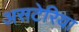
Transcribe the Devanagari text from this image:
असटेरिया